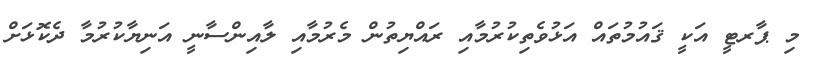
މި ޕާރޓީ އަކީ ޤައުމުތައް އަޅުވެތިކުރުމާއި ރައްޔިތުން މެރުމާއި ލާއިންސާނީ އަނިޔާކުރުމާ ދެކޮޅަށް